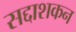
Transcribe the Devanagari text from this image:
सद्दाशकन